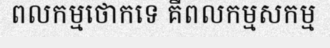
ពលកម្មថោកទេ គឺពលកម្មសកម្ម